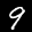
Label: 9